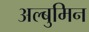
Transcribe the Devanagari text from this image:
अल्बुमिन